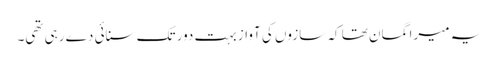
یہ میرا گمان تھا کہ سازوں کی آواز بہت دور تک سنائی دے رہی تھی۔